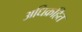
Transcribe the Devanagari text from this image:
अधिक्रहित